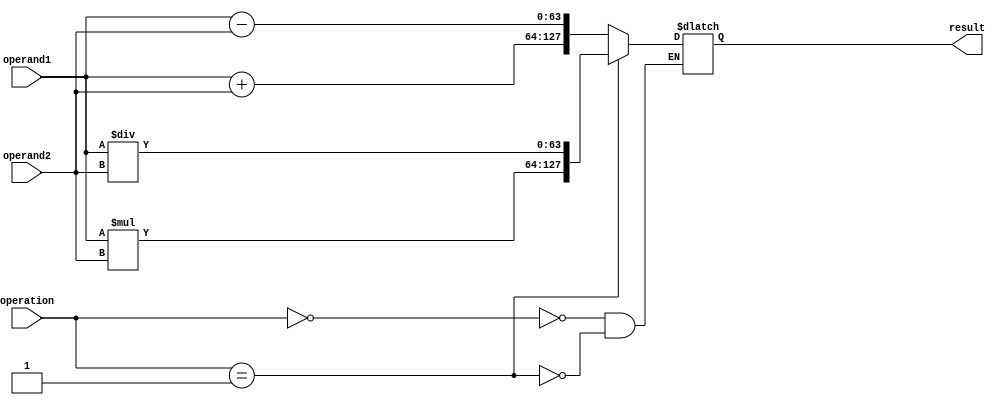
module ExtendedPrecisionFloatingPointUnit (
    input wire [63:0] operand1,
    input wire [63:0] operand2,
    input wire [2:0] operation,
    output reg [127:0] result
);

reg [63:0] intermediate_result1, intermediate_result2;
reg [127:0] final_result;

always @(*)
    case(operation)
        3'b000: begin
            intermediate_result1 = operand1 + operand2;
            intermediate_result2 = operand1 - operand2;
            final_result = {intermediate_result1, intermediate_result2};
        end
        3'b001: begin
            intermediate_result1 = operand1 * operand2;
            intermediate_result2 = operand1 / operand2;
            final_result = {intermediate_result1, intermediate_result2};
        end
        // Add more cases for other operations
        
    endcase

assign result = final_result;

endmodule